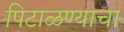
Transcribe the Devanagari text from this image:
पिटाळण्याचा